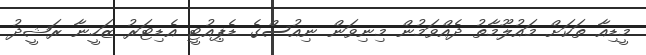
މީޑިއާ ތަކަށް މައުލޫމާތު ދެއްވަމުން މިނިވަން ނިއުސްގެ ޑެޕިއުޓީ އެޑިޓަރު ޒަހީނާ ރަޝީދު